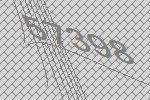
57398